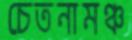
চেতনামঞ্চ